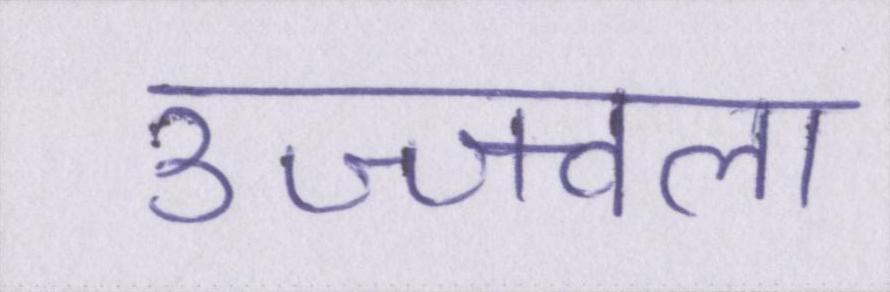
उज्ज्वला